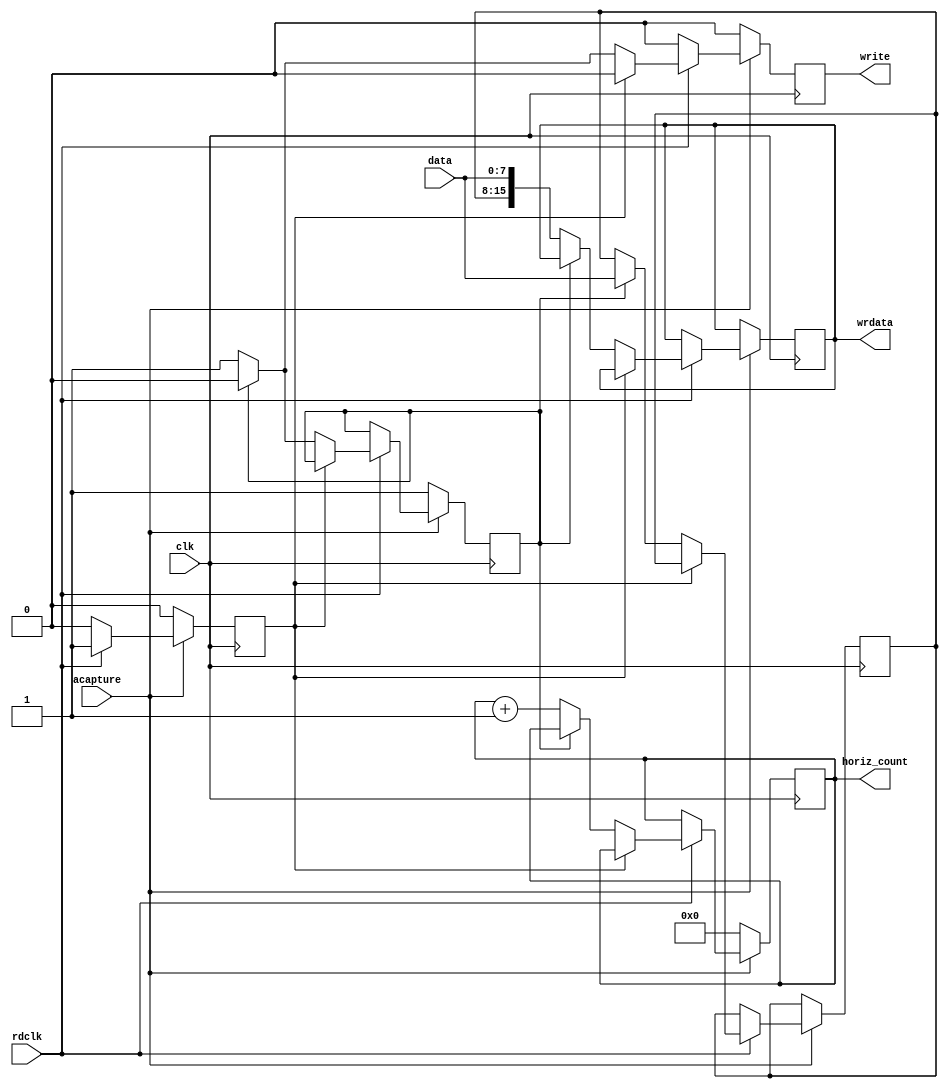
module pixcopy (
	input clk,
	input rdclk,
	input [7:0] data,
	input acapture,
	output reg write,
	output reg [15:0] wrdata,
	output reg [9:0] horiz_count
);

reg uphalf;
reg [7:0] upbyte;
reg loaded;

always @(posedge clk)
begin
	if (write) begin
		write <= 1'b0;
	end
	if (!acapture) begin
		uphalf <= 1'b1;
		loaded <= 1'b0;
		write <= 1'b0;
		horiz_count<= 0;
	end else begin
		if (rdclk) begin
			if (!loaded) begin
				if (uphalf) begin
					upbyte <= data;
					uphalf <= 1'b0;
					loaded <= 1'b1;
				end else begin
					horiz_count <= horiz_count + 1'b1;
					wrdata <= {upbyte, data};
					uphalf <= 1'b1;
					write <= 1'b1;
					loaded <= 1'b1;
				end
			end
		end else begin
			loaded <= 1'b0;
		end
	end
end

endmodule